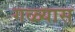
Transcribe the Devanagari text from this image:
गळ्यास